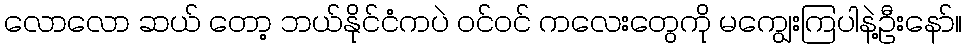
လောလော ဆယ် တော့ ဘယ်နိုင်ငံကပဲ ဝင်ဝင် ကလေးတွေကို မကျွေးကြပါနဲ့ဦးနော်။